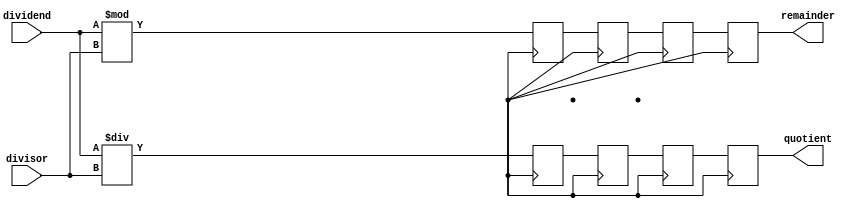
module Pipelined_Divider (
    input wire [31:0] dividend,
    input wire [31:0] divisor,
    output reg [31:0] quotient,
    output reg [31:0] remainder
);

reg [31:0] quot_stage1;
reg [31:0] quot_stage2;
reg [31:0] quot_stage3;
reg [31:0] quot_stage4;

reg [31:0] rem_stage1;
reg [31:0] rem_stage2;
reg [31:0] rem_stage3;
reg [31:0] rem_stage4;

always @(posedge clock) begin
    // Stage 1
    quot_stage1 <= dividend / divisor;
    rem_stage1 <= dividend % divisor;

    // Stage 2
    quot_stage2 <= quot_stage1;
    rem_stage2 <= rem_stage1;

    // Stage 3
    quot_stage3 <= quot_stage2;
    rem_stage3 <= rem_stage2;

    // Stage 4
    quotient <= quot_stage3;
    remainder <= rem_stage3;
end

endmodule